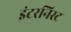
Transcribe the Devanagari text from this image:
इंटरनिस्ट